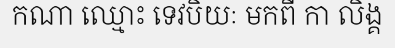
កណា ឈ្មោះ ទេវបិយៈ មកពី កា លិង្គ